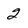
Character: 2